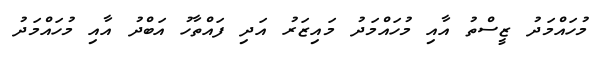
މުހައްމަދު ޒީސްތު އާއި މުހައްމަދު މައިޒަރު އަދި ފައްތާހު އަބްދު އާއި މުހައްމަދު